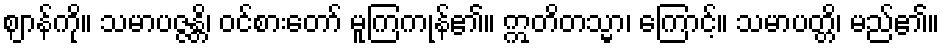
ဈာန်ကို။ သမာပဇ္ဇန္တိ၊ ဝင်စားတော် မူကြကုန်၏။ ဣတိတသ္မာ၊ ကြောင့်။ သမာပတ္တိ၊ မည်၏။